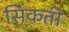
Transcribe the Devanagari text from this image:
सिंकती